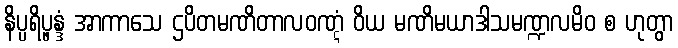
နိပ္ပရိပ္ဖန္ဒံ အာကာသေ ဌပိတမဏိတာလဝဏ္ဋံ ဝိယ မဏိမယာဒါသမဏ္ဍလမိဝ စ ဟုတွာ